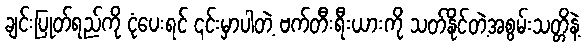
ချင်းပြုတ်ရည်ကို ငုံပေးရင် ၎င်းမှာပါတဲ့ ဗက်တီးရီးယားကို သတ်နိုင်တဲ့အစွမ်းသတ္တိနဲ့